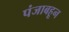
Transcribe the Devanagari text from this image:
पंजाबहून